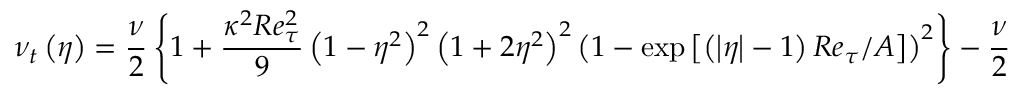
\nu _ { t } \left( \eta \right) = \frac { \nu } { 2 } \left\{ 1 + \frac { \kappa ^ { 2 } R e _ { \tau } ^ { 2 } } { 9 } \left( 1 - \eta ^ { 2 } \right) ^ { 2 } \left( 1 + 2 \eta ^ { 2 } \right) ^ { 2 } \left( 1 - \exp \left[ \left( \left| \eta \right| - 1 \right) R e _ { \tau } / A \right] \right) ^ { 2 } \right\} - \frac { \nu } { 2 }